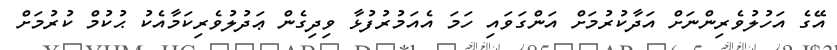
އޭގެ އަހުލުވެރިންނަށް އަދާކުރުމަށް އަންގަވައި ހަމަ އެއަމުރުފުޅާ ވިދިގެން ޢަދުލުވެރިކަމާއެކު ޙުކުމް ކުރުމަށް